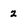
Character: 2